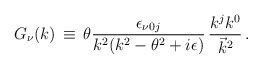
\begin{align*}G_{\nu}(k)\,\equiv \, \theta \frac{\epsilon_{\nu 0 j}}{k^{2} (k^{2} - \theta^{2} + i\epsilon)}\, \frac{k^{j} k^{0}}{{\vec{k}}^{2}}\,.\end{align*}